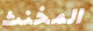
المخنث